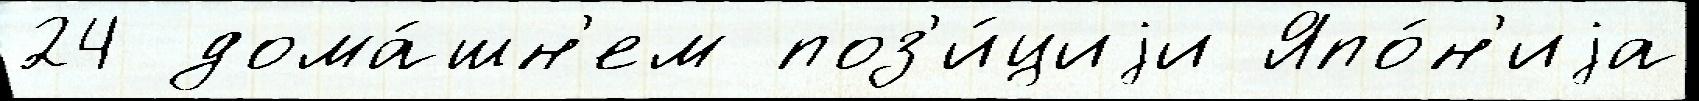
24 дома́шн'ем поз'и́циjи Япо́н'иjа